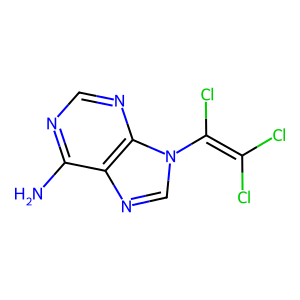
SMILES: Nc1ncnc2c1ncn2C(Cl)=C(Cl)Cl
Inhibits HIV replication: No